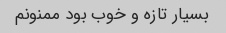
بسیار تازه و خوب بود ممنونم